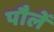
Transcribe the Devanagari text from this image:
पौलें